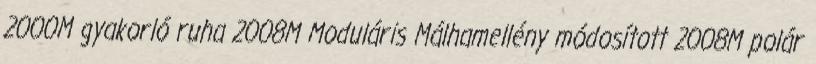
2000M gyakorló ruha 2008M Moduláris Málhamellény módosított 2008M polár